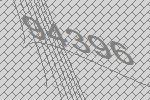
94396